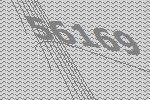
56169